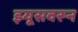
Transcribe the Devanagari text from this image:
झ्यूसवरून